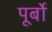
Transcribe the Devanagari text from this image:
पूर्बो